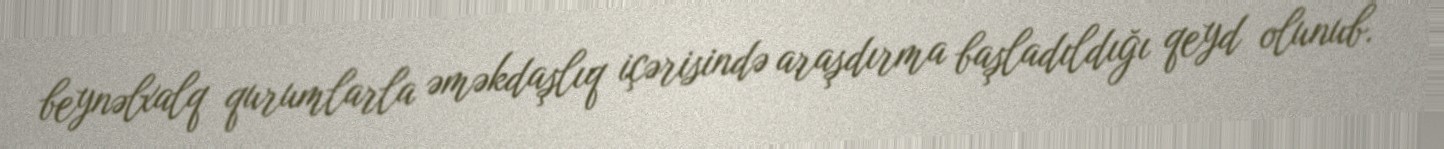
beynəlxalq qurumlarla əməkdaşlıq içərisində araşdırma başladıldığı qeyd olunub.